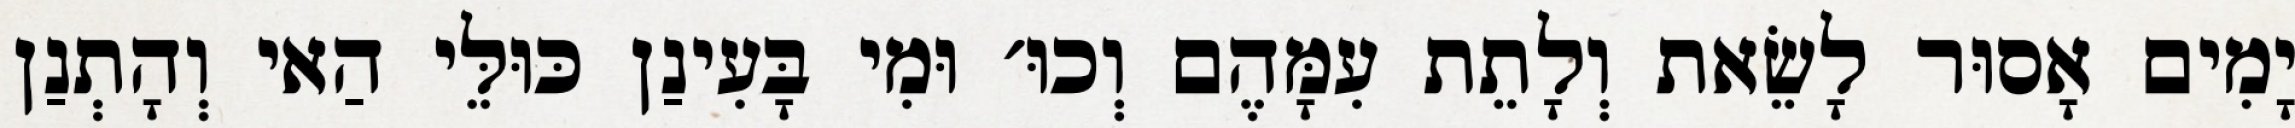
יָמִים אָסוּר לָשֵׂאת וְלָתֵת עִמָּהֶם וְכוּ׳ וּמִי בָּעִינַן כּוּלֵּי הַאי וְהָתְנַן